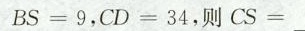
BS=9，CD=34则CS=_。